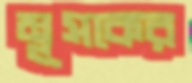
মূসকের